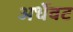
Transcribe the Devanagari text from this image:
अर्धेवट